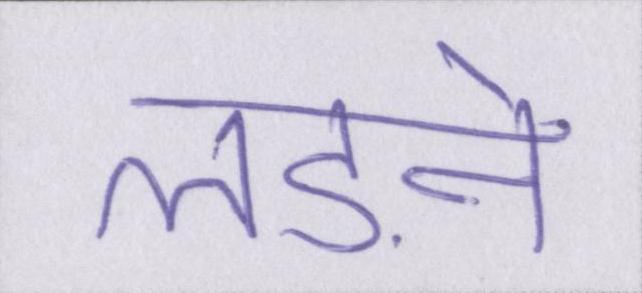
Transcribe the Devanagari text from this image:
लड़ने